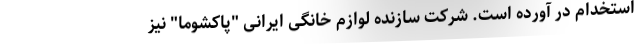
استخدام در آورده است. شرکت سازنده لوازم خانگی ایرانی "پاکشوما" نیز